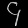
Digit: ၄